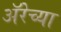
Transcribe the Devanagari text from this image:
ॲरेच्या